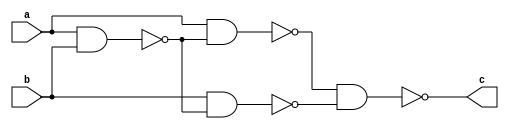
//???_E94084016
//use NAND gate to represent XOR gate
module XOR (c, a, b);

	input a, b;
	output c;
	wire n0, n1, n2;

	nand u0 (n0, a, b);
	nand u1 (n1, a, n0);
	nand u2 (n2, b, n0);
	nand u3 (c, n1, n2);

endmodule